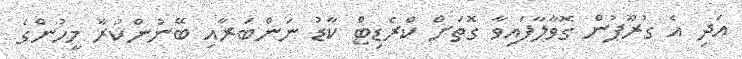
އަދި އެ ގުރޫޕުން ގޮވާލާފައިވާ ގޮތަށް ކްރެޑިޓް ކާޑު ނަންބަރާއި ބޭނުންކުރާ މީހުންގެ